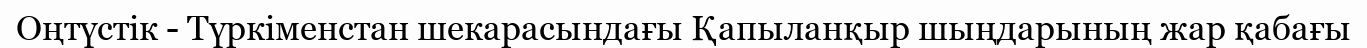
Оңтүстік - Түркіменстан шекарасындағы Қапыланқыр шыңдарының жар қабағы